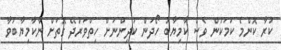
ކުރާ ކޮންމެ ކަމަކުން ވެސް ކާމިޔާބު ހޯދަން ކުދިންނަށް ހިތްވަރުދޭ ގޮތަށް ނާކާމިޔާބުވާ